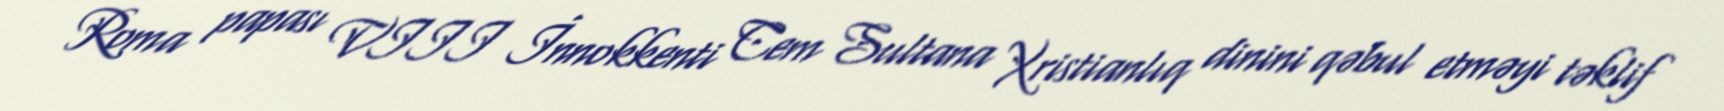
Roma papası VIII İnnokkenti Cem Sultana Xristianlıq dinini qəbul etməyi təklif